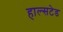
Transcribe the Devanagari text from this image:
हाल्सटेड